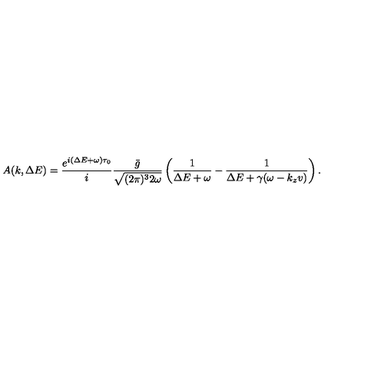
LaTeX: A ( k , \Delta E ) = \frac { e ^ { i ( \Delta E + \omega ) \tau _ { 0 } } } { i } \frac { \bar { g } } { \sqrt { ( 2 \pi ) ^ { 3 } 2 \omega } } \left( \frac { 1 } { \Delta E + \omega } - \frac { 1 } { \Delta E + \gamma ( \omega - k _ { z } v ) } \right) .